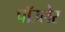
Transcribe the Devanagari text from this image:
पॉउलेर